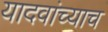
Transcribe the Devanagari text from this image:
यादवांच्याच